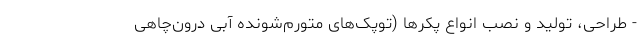
- طراحی، تولید و نصب انواع پکرها (توپک‌های متورم‌شونده آبی درون‌چاهی